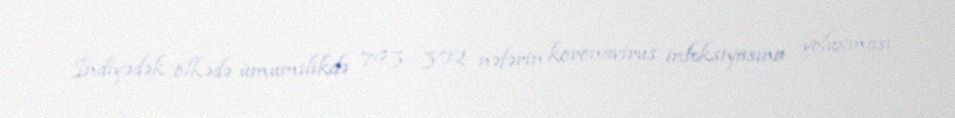
İndiyədək ölkədə ümumilikdə 793 302 nəfərin koronavirus infeksiyasına yoluxması